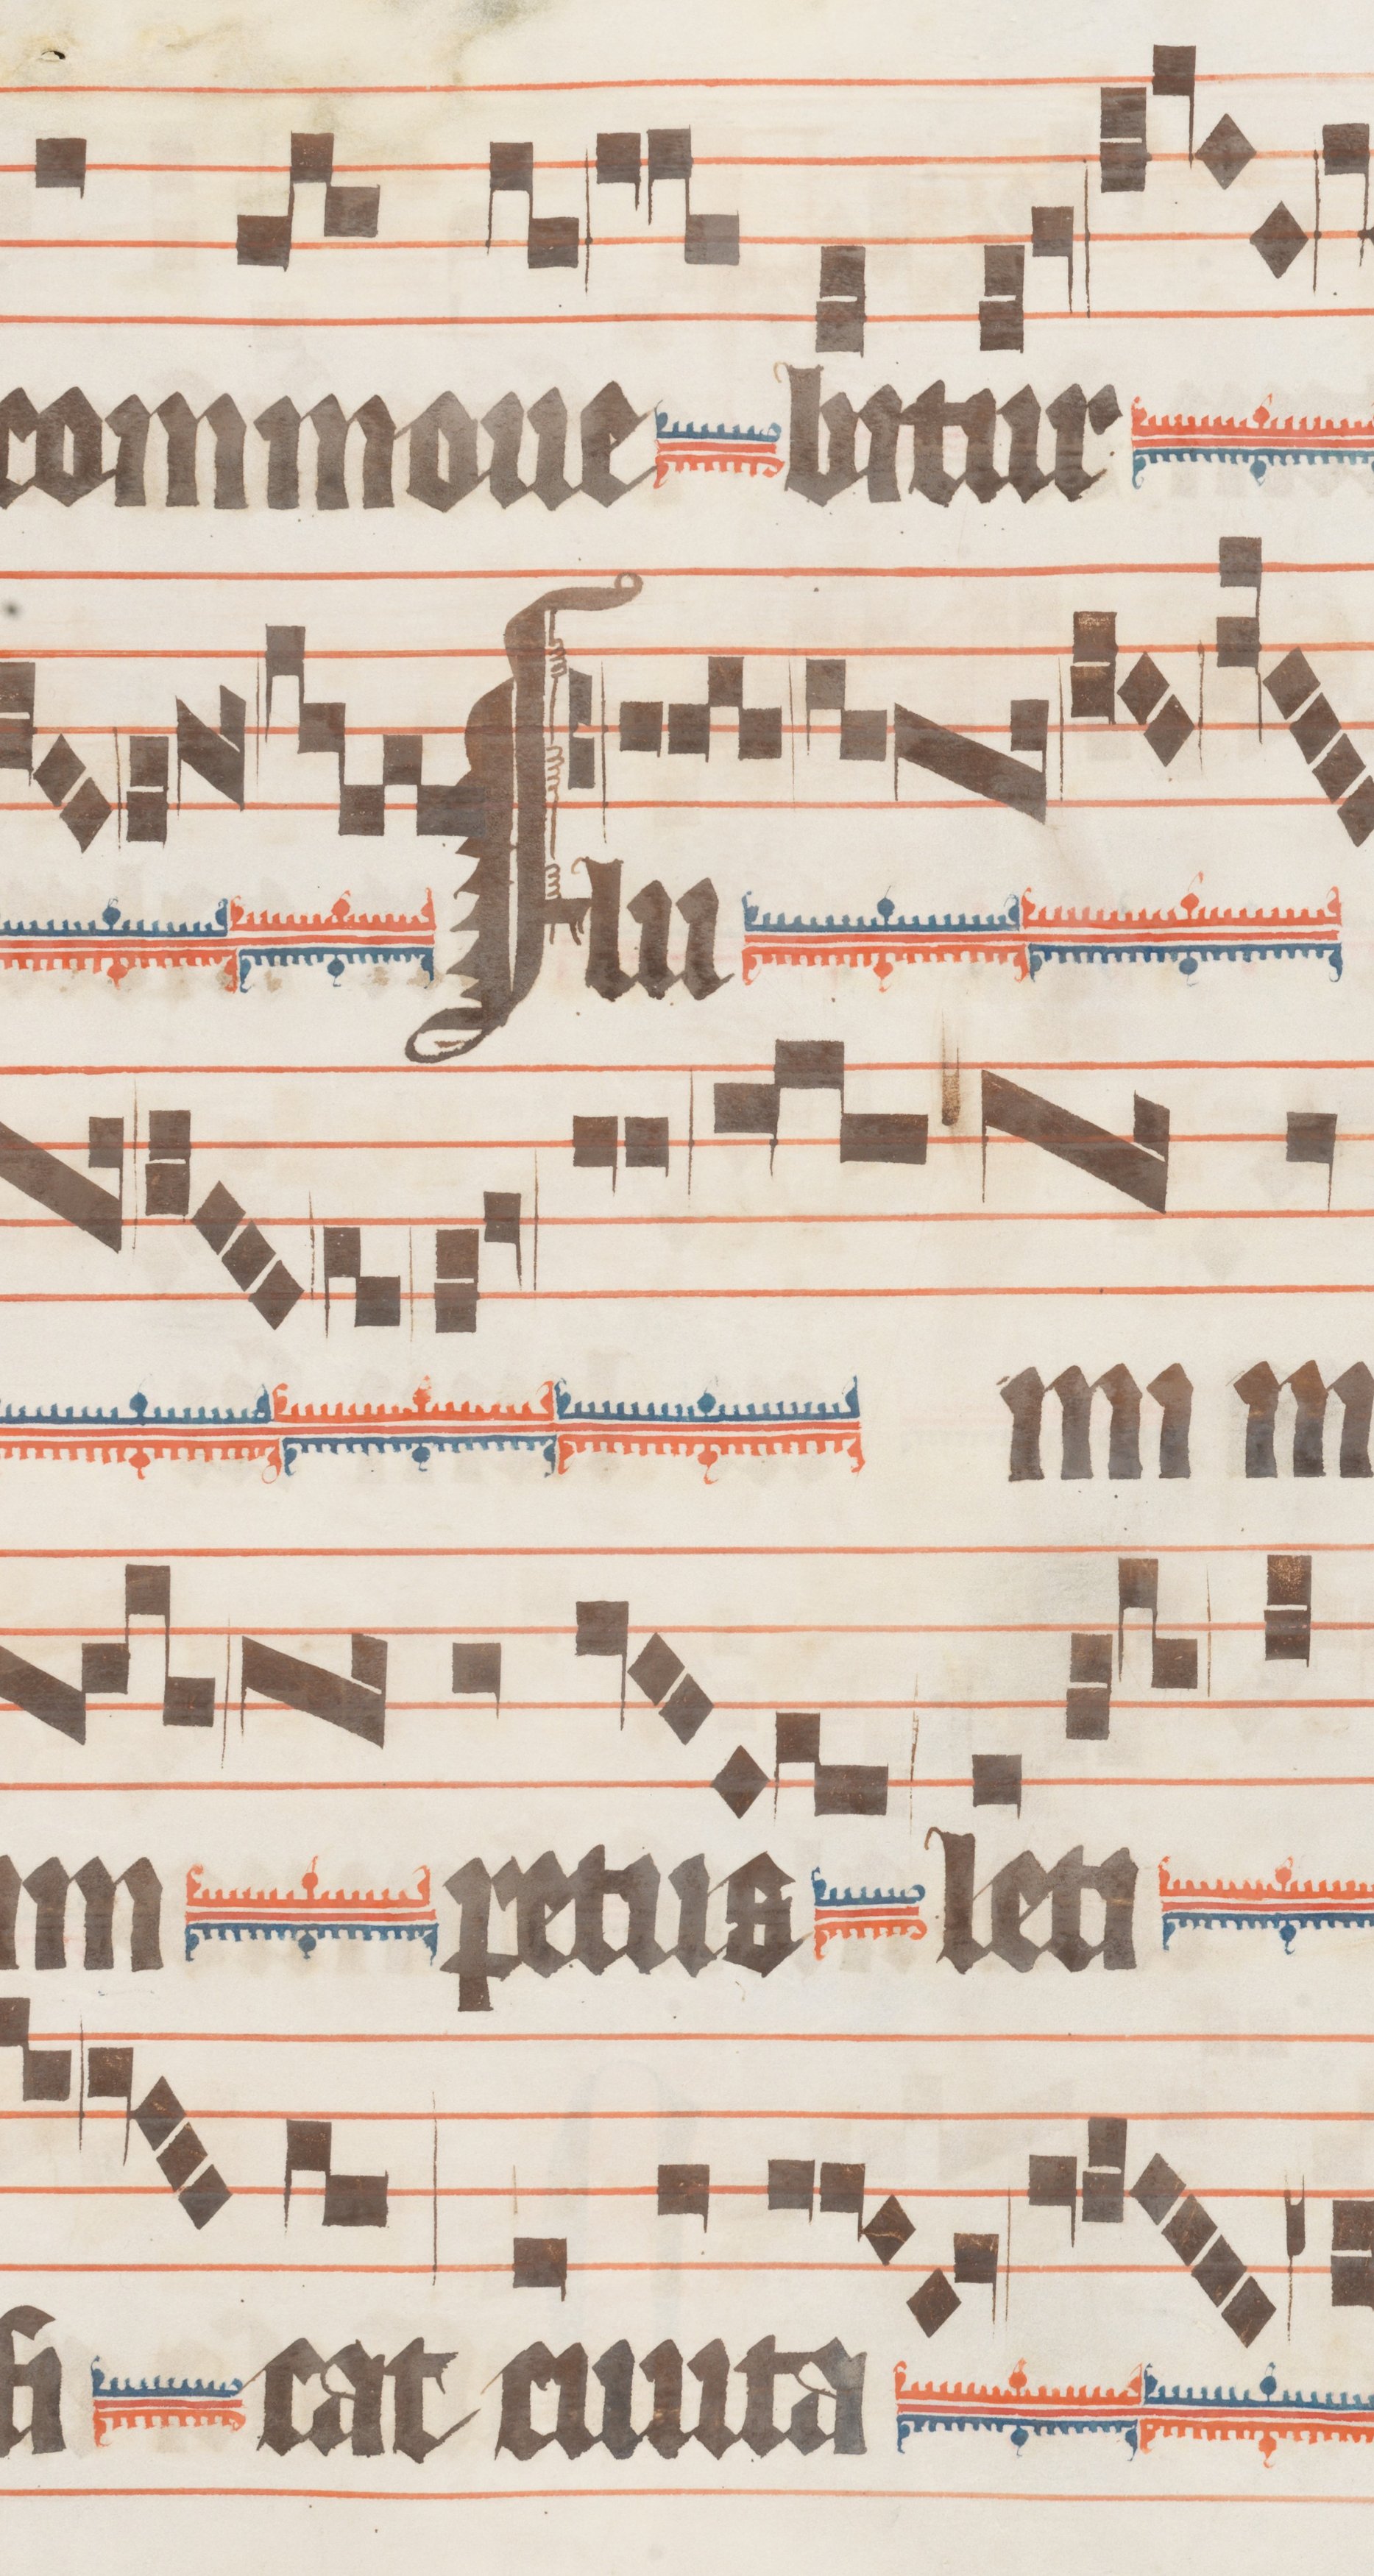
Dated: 1330–1335